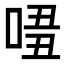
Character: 𠴾